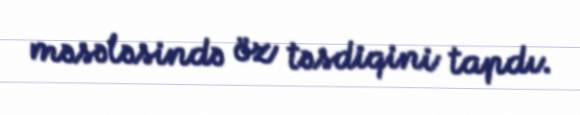
məsələsində öz təsdiqini tapdı.